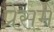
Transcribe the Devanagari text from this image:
प्रेसमें